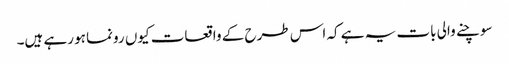
سوچنے والی بات یہ ہے کہ اس طرح کے واقعات کیوں رونما ہو رہے ہیں۔